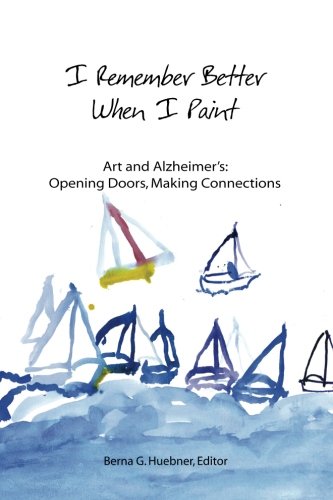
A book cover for I Remember Better When I Paint: Art and Alzheimer's: Opening Doors, Making Connections; Berna G Huebner; Health, Fitness & Dieting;